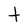
Character: t